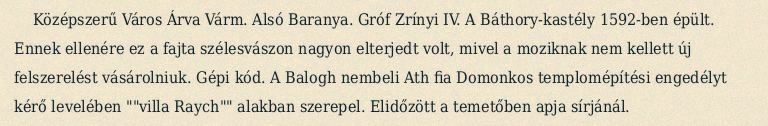
Középszerű Város Árva Várm. Alsó Baranya. Gróf Zrínyi IV. A Báthory-kastély 1592-ben épült. Ennek ellenére ez a fajta szélesvászon nagyon elterjedt volt, mivel a moziknak nem kellett új felszerelést vásárolniuk. Gépi kód. A Balogh nembeli Ath fia Domonkos templomépítési engedélyt kérő levelében ""villa Raych"" alakban szerepel. Elidőzött a temetőben apja sírjánál.